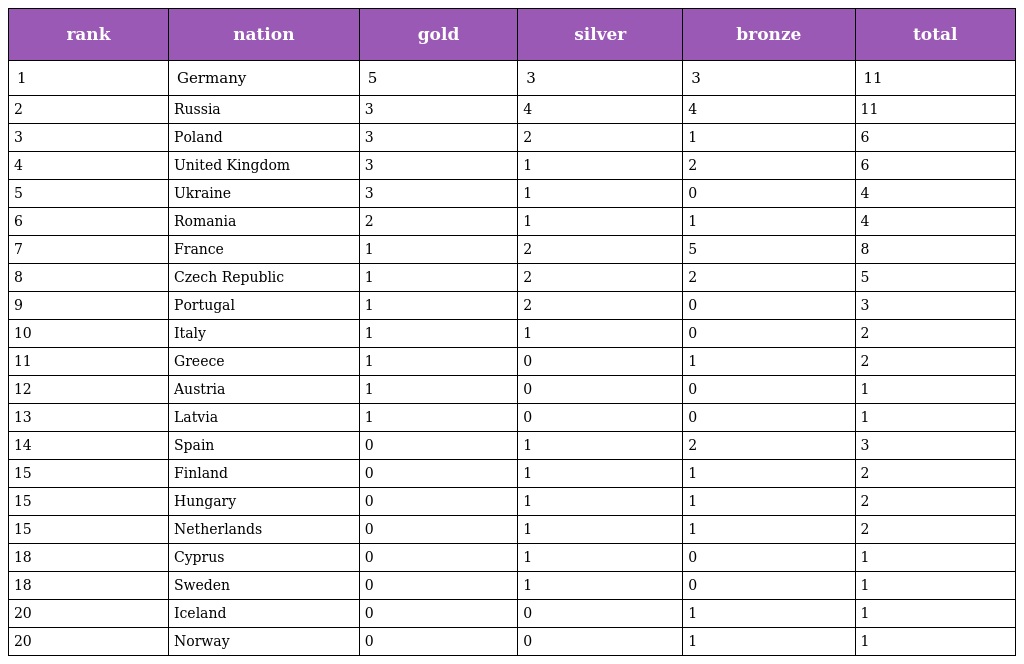
| rank | nation | gold | silver | bronze | total |
 | --- | --- | --- | --- | --- | --- |
 | 1 | Germany | 5 | 3 | 3 | 11 |
 | 2 | Russia | 3 | 4 | 4 | 11 |
 | 3 | Poland | 3 | 2 | 1 | 6 |
 | 4 | United Kingdom | 3 | 1 | 2 | 6 |
 | 5 | Ukraine | 3 | 1 | 0 | 4 |
 | 6 | Romania | 2 | 1 | 1 | 4 |
 | 7 | France | 1 | 2 | 5 | 8 |
 | 8 | Czech Republic | 1 | 2 | 2 | 5 |
 | 9 | Portugal | 1 | 2 | 0 | 3 |
 | 10 | Italy | 1 | 1 | 0 | 2 |
 | 11 | Greece | 1 | 0 | 1 | 2 |
 | 12 | Austria | 1 | 0 | 0 | 1 |
 | 13 | Latvia | 1 | 0 | 0 | 1 |
 | 14 | Spain | 0 | 1 | 2 | 3 |
 | 15 | Finland | 0 | 1 | 1 | 2 |
 | 15 | Hungary | 0 | 1 | 1 | 2 |
 | 15 | Netherlands | 0 | 1 | 1 | 2 |
 | 18 | Cyprus | 0 | 1 | 0 | 1 |
 | 18 | Sweden | 0 | 1 | 0 | 1 |
 | 20 | Iceland | 0 | 0 | 1 | 1 |
 | 20 | Norway | 0 | 0 | 1 | 1 |